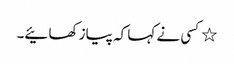
٭کسی نے کہا کہ پیاز کھائیے۔